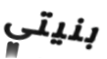
بنيتي